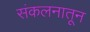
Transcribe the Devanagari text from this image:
संकलनातून